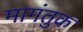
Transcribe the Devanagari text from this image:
मागंतुक